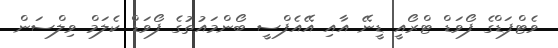
ވެޓްފަޑްގެ ފޯވަޑް ޓްރޯއީ ޑީނޭ އާއި އޭއެފްސީ ބޯންމައުތުގެ ފޯވަޑް ކެލަމް ވިލްސަން